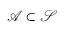
{ \mathcal { A } } \subset { \mathcal { S } }